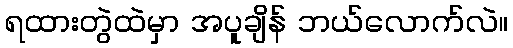
ရထားတွဲထဲမှာ အပူချိန် ဘယ်လောက်လဲ။